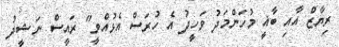
ރިޔާޒް އާއި ބާޣީ މުހަންމަދު ވަހީދު އެ ހުރަސް އެޅުއްވީ" ރައީސް ނަޝީދު